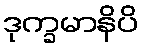
ဒုက္ခမာနိပိ